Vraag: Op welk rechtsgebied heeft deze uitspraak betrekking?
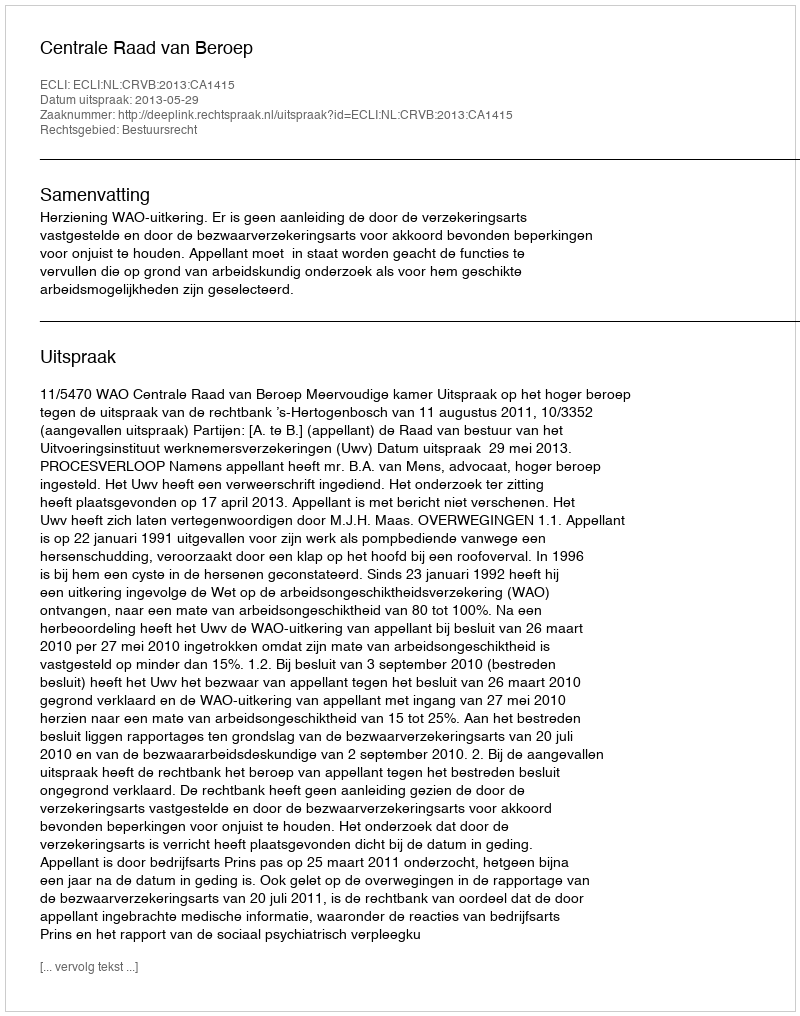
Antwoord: Bestuursrecht